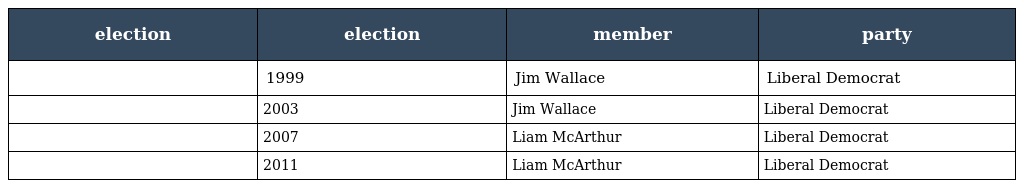
| election | election | member | party |
 | --- | --- | --- | --- |
 |  | 1999 | Jim Wallace | Liberal Democrat |
 |  | 2003 | Jim Wallace | Liberal Democrat |
 |  | 2007 | Liam McArthur | Liberal Democrat |
 |  | 2011 | Liam McArthur | Liberal Democrat |